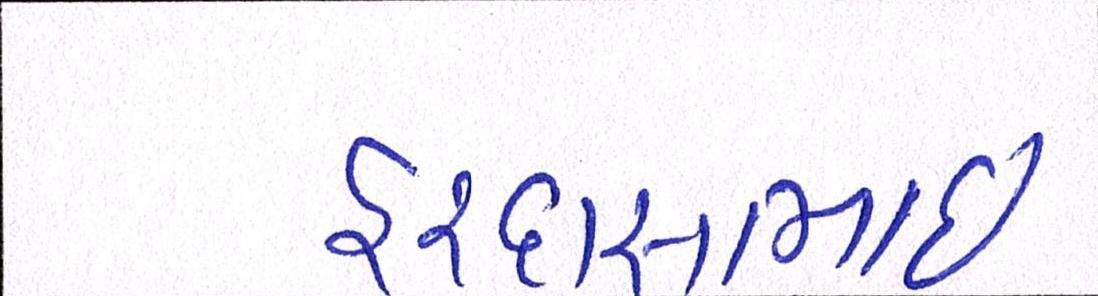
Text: હરદાસભાઇ